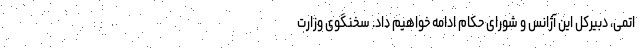
اتمی، دبیرکل این آژانس و شورای حکام ادامه خواهیم داد. سخنگوی وزارت